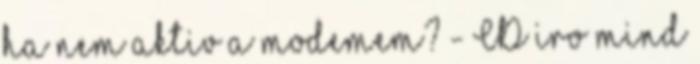
ha nem aktiv a modemem? - CD iro mind